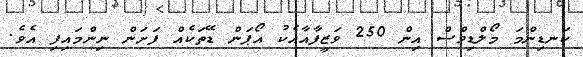
ކަނޑިންމަ މޯލްޑިވްސް އިން 250 ވަޒީފާއާއެކު އޯޕަން ޑޭތަކެއް ފަށަން ނިންމައިފި އެވެ.